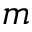
m